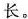
长。